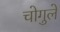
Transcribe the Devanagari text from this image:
चोगुले